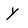
Character: y